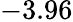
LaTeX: -3.96